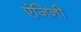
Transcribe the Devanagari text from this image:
एंजिनी